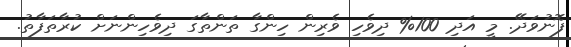
ފޮނުވަދޭ. މީ އަދި 100% ދިވެހި ވެރިން ހިންގާ ތަންތާގަ ދިވެހިންނަށް ކުރާތަފާތު.